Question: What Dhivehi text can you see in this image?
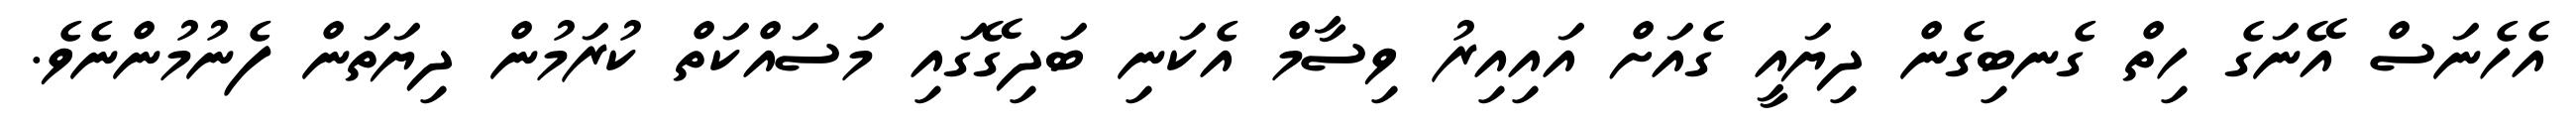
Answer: އެހެނަސް އޭނަގެ ހިތް ގެނބިގެން ދިޔައީ ގެއަށް އައިއިރު ވިސާމް އެކަނި ބަދިގޭގައި މަސައްކަތް ކުރަމުން ދިޔަތަން ފެނުމުންނެވެ.